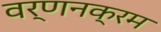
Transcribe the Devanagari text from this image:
वर्णनक्रम